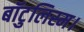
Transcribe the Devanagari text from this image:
बॉटुलिस्म।